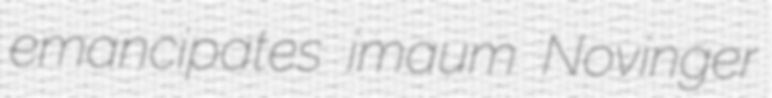
emancipates imaum Novinger